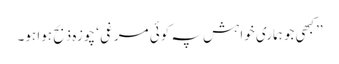
’’کبھی جو ہماری خواہش پہ کوئی مرغی ‘ چوزہ ذبح ہوا ہو۔